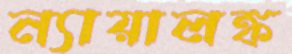
ন্যায়ালঙ্ক